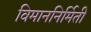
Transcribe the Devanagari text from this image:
विमाननिर्मिती